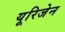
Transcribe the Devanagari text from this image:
यूरिजेन